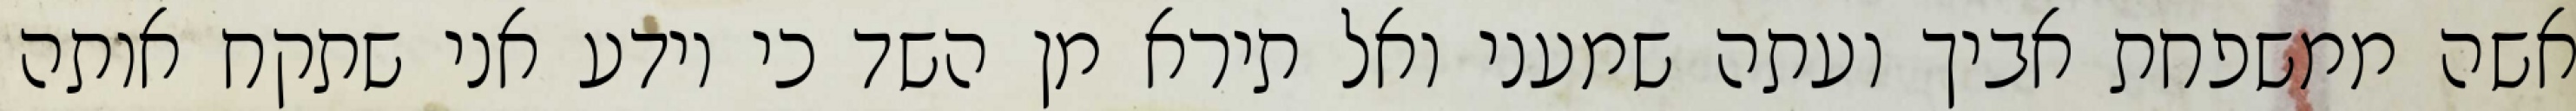
אשה ממשפחת אביך ועתה שמעני ואל תירא מן השד כי יודע אני שתקח אותה